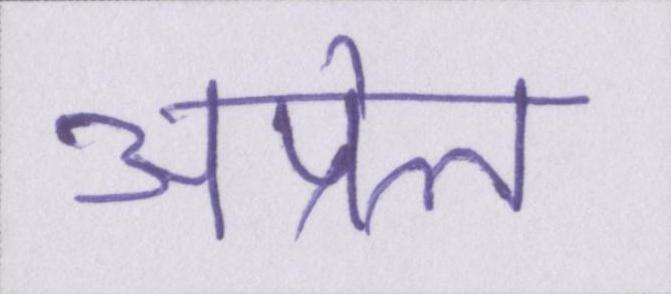
अप्रेल